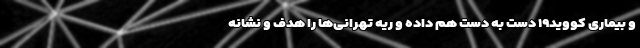
و بیماری کووید۱۹ دست به دست هم داده‌ و ریه تهرانی‌ها را هدف و نشانه